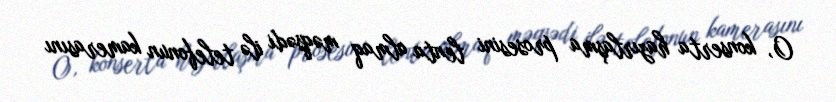
O, konserta hazırlaşma prosesini lenta almaq məqsədi ilə telefonun kamerasını